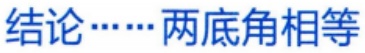
结论……两底角相等